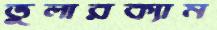
ভুলারক্যাম